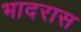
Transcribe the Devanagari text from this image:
भादरास